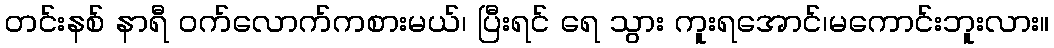
တင်းနစ် နာရီ ဝက်လောက်ကစားမယ်၊ ပြီးရင် ရေ သွား ကူးရအောင်၊မကောင်းဘူးလား။